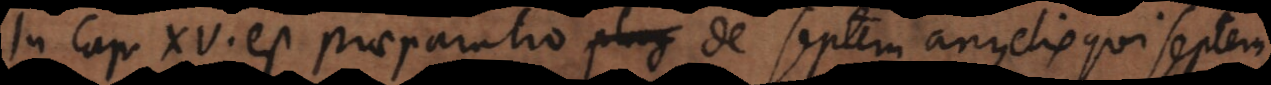
In Cap. XV. est praeparatio de septem angelis qui septem